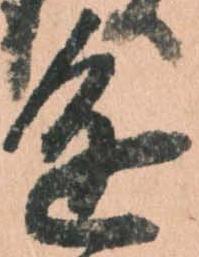
進